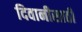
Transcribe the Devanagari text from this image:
दिवानीसाठी